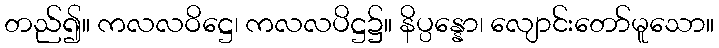
တည်၍။ ကလလဝိဋ္ဌေ၊ ကလလပိဋ္ဌ၌။ နိပ္ပန္နော၊ လျောင်းတော်မူသော။